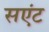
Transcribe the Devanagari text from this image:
सएंट